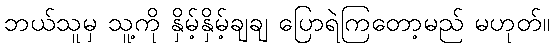
ဘယ်သူမှ သူ့ကို နှိမ့်နှိမ့်ချချ ပြောရဲကြတော့မည် မဟုတ်။